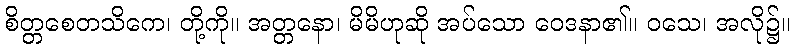
စိတ္တစေတသိကေ၊ တို့ကို။ အတ္တနော၊ မိမိဟုဆို အပ်သော ဝေဒနာ၏။ ဝသေ၊ အလို၌။